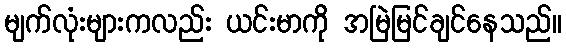
မျက်လုံးများကလည်း ယင်းမာကို အမြဲမြင်ချင်နေသည်။